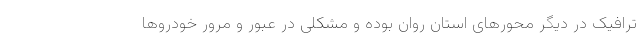
ترافیک در دیگر محورهای استان روان بوده و مشکلی در عبور و مرور خودروها